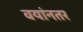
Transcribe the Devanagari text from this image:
वयांनतर